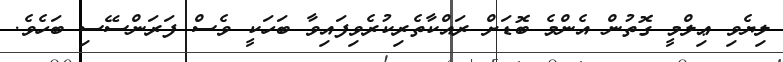
ލިޔެވި ޢިލްމީ ގޮތުން އެންމެ ބޮޑަށް ރައްކާތެރިކުރެވިފައިވާ ބަހަކީ ވެސް ފަރަންސޭސި ބަހެވެ.